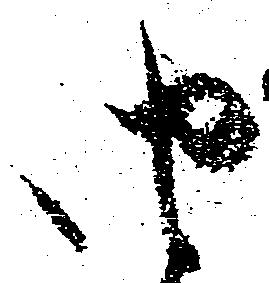
由